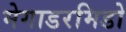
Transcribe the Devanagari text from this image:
मेगाडरमिडो